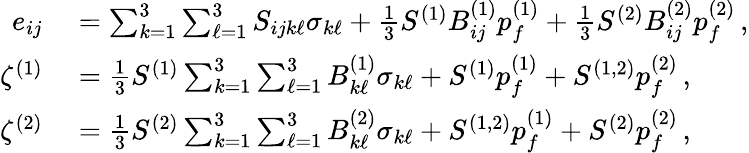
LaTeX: \begin{array}{rl}{e_{ij}}&{{}=\sum_{k=1}^{3}\sum_{\ell=1}^{3}S_{ijk\ell}\sigma_{k\ell}+\frac{1}{3}S^{(1)}B_{ij}^{(1)}p_{f}^{(1)}+\frac{1}{3}S^{(2)}B_{ij}^{(2)}p_{f}^{(2)}\, ,}\\ {\zeta^{(1)}}&{{}=\frac{1}{3}S^{(1)}\sum_{k=1}^{3}\sum_{\ell=1}^{3}B_{k\ell}^{(1)}\sigma_{k\ell}+S^{(1)}p_{f}^{(1)}+S^{(1,2)}p_{f}^{(2)}\, ,}\\ {\zeta^{(2)}}&{{}=\frac{1}{3}S^{(2)}\sum_{k=1}^{3}\sum_{\ell=1}^{3}B_{k\ell}^{(2)}\sigma_{k\ell}+S^{(1,2)}p_{f}^{(1)}+S^{(2)}p_{f}^{(2)}\, ,}\end{array}